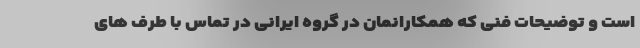
است و توضیحات فنی که همکارانمان در گروه ایرانی در تماس با طرف های